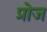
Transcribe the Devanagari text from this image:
प्रोज